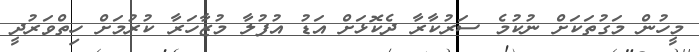
މީހުން މަގުތަކަށް ނުކުމެ ސަރުކާރާ ދެކޮޅަށް އަޑު އުފުލާ މުޒާހަރާ ކުރުމަށް ހިިތްވަރުދީ